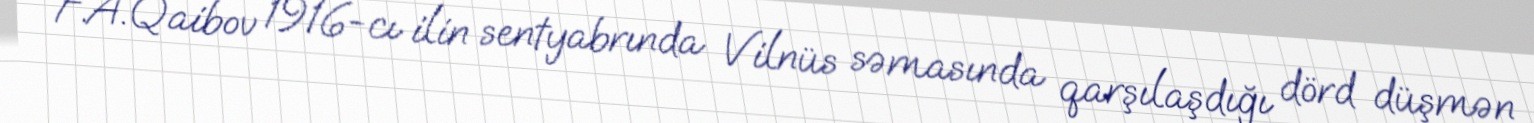
F.A.Qaibov 1916-cı ilin sentyabrında Vilnüs səmasında qarşılaşdığı dörd düşmən